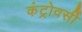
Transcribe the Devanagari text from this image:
कंट्रोवर्सी